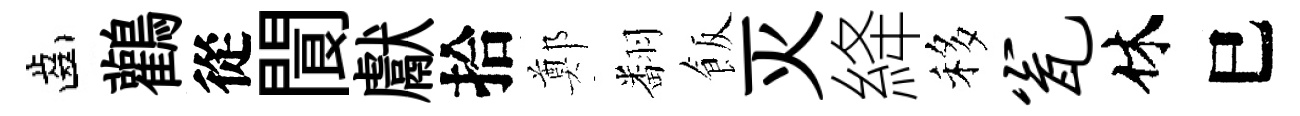
齒鸛從閬獻拾鄭翻飯灭絳移瓮休巳